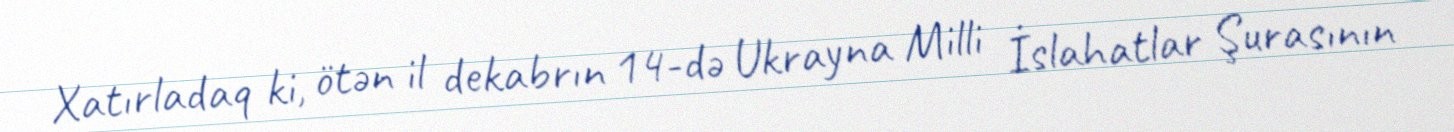
Xatırladaq ki, ötən il dekabrın 14-də Ukrayna Milli İslahatlar Şurasının